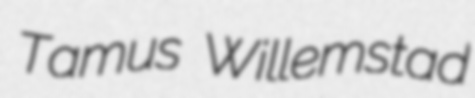
Tamus Willemstad